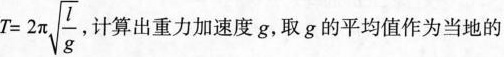
$$T = 2 π \sqrt { \frac { l } { g } }$$ ，计算出重力加速度g，取g的平均值作为当地的